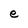
Character: e